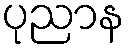
ပုညာန